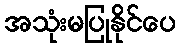
အသုံးမပြုနိုင်ပေ